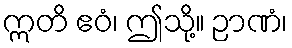
ဣတိ ဧဝံ၊ ဤသို့။ ဉာဏံ၊